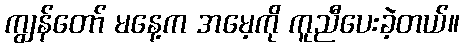
ကျွန်တော် မနေ့က အမေ့ကို ကူညီပေးခဲ့တယ်။